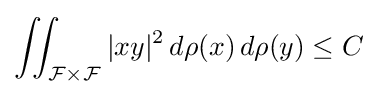
\iint _{{\mathcal {F}}\times {\mathcal {F}}}|xy|^{2}{\,}d\rho (x){\,}d\rho (y)\leq C